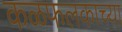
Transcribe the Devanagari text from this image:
कळफलकाच्या